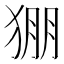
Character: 𱮄